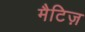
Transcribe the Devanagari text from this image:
मैटिज़